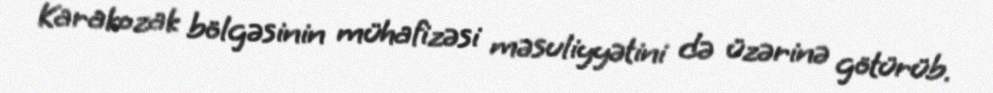
Karakozak bölgəsinin mühafizəsi məsuliyyətini də üzərinə götürüb.